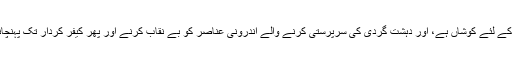
ایک ایسے وقت میں جبکہ پاکستان داخلی محاذ پر الجھا ہوا ہے،دہشت گردی کے عفریت کا سر کچلنے کے لئے کوشاں ہے، اور دہشت گردی کی سرپرستی کرنے والے اندرونی عناصر کو بے نقاب کرنے اور پھر کیفر کردار تک پہنچانے کے لئے سر دھڑ کی بازی لگی ہوئی ہے، سرحدوں پر کسی کھلی جنگ کی تمنا نہیں کی جا سکتی۔